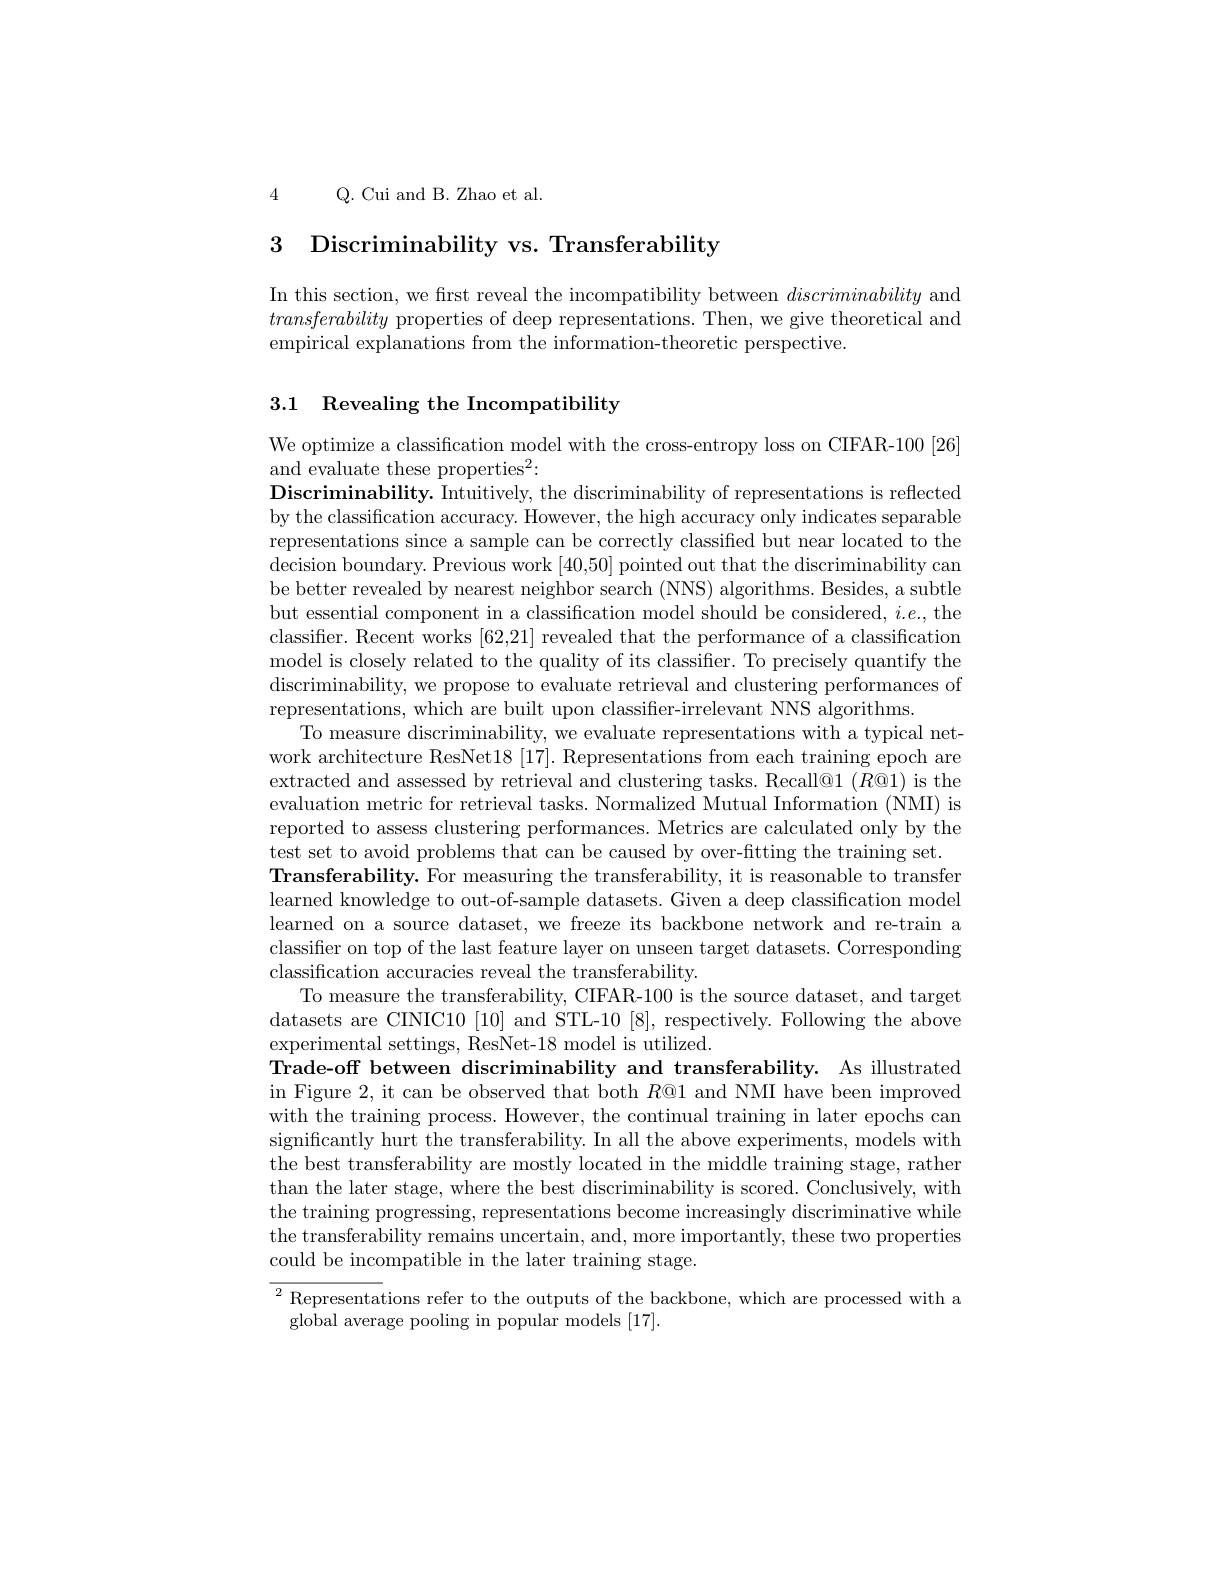
4 Q. Cui and B. Zhao et al.

3 Discriminability vs. Transferability

In this section, we frst reveal the incompatibility between discriminability and transferability properties of deep representations. Then, we give theoretical and empirical explanations from the information-theoretic perspective.

# 3.1 Revealing the Incompatibility

We optimize a classification model with the cross-entropy loss on CIFAR-100[26]
and evaluate these properties$^2:$
$\textbf{Discriminability. Intuitively, the discriminability of representations is reflected}$ by the classification accuracy. However, the high accuracy only indicates separable representations since a sample can be correctly classified but near located to the decision boundary. Previous work [40,50] pointed out that the discriminability can be better revealed by nearest neighbor search (NNS) algorithms. Besides, a subtle but essential component in a classification model should be considered, $i.e.$, the classifier. Recent works [62,21] revealed that the performance of a classification model is closely related to the quality of its classifier. To precisely quantify the discriminability, we propose to evaluate retrieval and clustering performances of representations, which are built upon classifier-irrelevant NNS algorithms.
To measure discriminability, we evaluate representations with a typical network architecture ResNet18[17]. Representations from each training epoch are extracted and assessed by retrieval and clustering tasks. Recall@1 ($R@1)$ is the evaluation metric for retrieval tasks. Normalized Mutual Information (NMI) is reported to assess clustering performances. Metrics are calculated only by the test set to avoid problems that can be caused by over-fitting the training set. Transferability. For measuring the transferability, it is reasonable to transfer learned knowledge to out-of-sample datasets. Given a deep classification model learned on a source dataset, we freeze its backbone network and re-train a classifier on top of the last feature layer on unseen target datasets. Corresponding classification accuracies reveal the transferability.
To measure the transferability, CIFAR-100 is the source dataset, and target datasets are CINIC10 [10] and STL-10 [8], respectively. Following the above experimental settings, ResNet-18 model is utilized.
Trade-off between discriminability and transferability. As illustrated in Figure 2, it can be observed that both $R@1$ and NMI have been improved with the training process. However, the continual training in later epochs can significantly hurt the transferability. In all the above experiments, models with the best transferability are mostly located in the middle training stage, rather than the later stage, where the best discriminability is scored. Conclusively, with the training progressing, representations become increasingly discriminative while the transferability remains uncertain, and, more importantly, these two properties could be incompatible in the later training stage.
$^2$Representations refer to the outputs of the backbone,  which are processed with a

global average pooling in popular models [17].